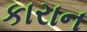
કારાન